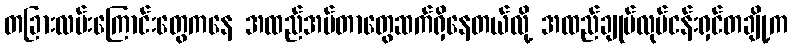
တခြားလမ်းကြောင်းတွေကနေ အထည်အပ်တာတွေဆက်ရှိနေတယ်လို့ အထည်ချုပ်လုပ်ငန်းရှင်တချို့က